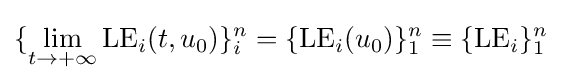
\{\lim \limits _{t\to +\infty }{\rm {LE}}_{i}(t,u_{0})\}_{i}^{n}=\{{\rm {LE}}_{i}(u_{0})\}_{1}^{n}\equiv \{{\rm {LE}}_{i}\}_{1}^{n}